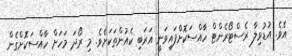
އެވެ. އުޑުވިލާ ރެސްޓޯރެންޓް ހާއްސަކޮށްފައިވަނީ އަރަބި ކެއުންތަކަށެވެ. މި ރޯދަ މަހަށް ހާއްސަކޮށްގެން